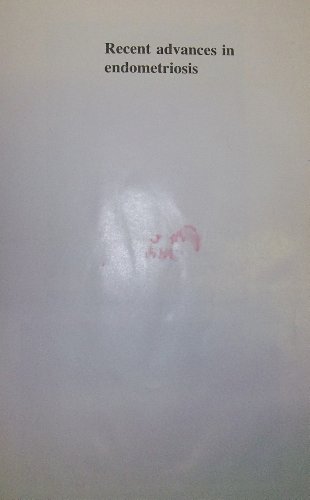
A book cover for Recent advances in endometriosis: Proceedings of a symposium, Augusta, Georgia, March 5-6, 1975 (International congress series); Robert B. Greenblatt; Health, Fitness & Dieting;